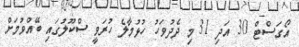
އޯގަސްޓް 30 އަދި 31 މި ދެދުވަހު ހުޅުމާލެ ހުރަވީ ސްކޫލުގައި ބޭއްވުމަށް